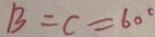
B = C = 6 0 ^ { \circ }